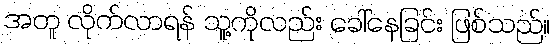
အတူ လိုက်လာရန် သူ့ကိုလည်း ခေါ်နေခြင်း ဖြစ်သည်။